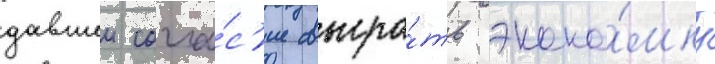
давшеи согла́с'ие сыгра́ть эконо́мку